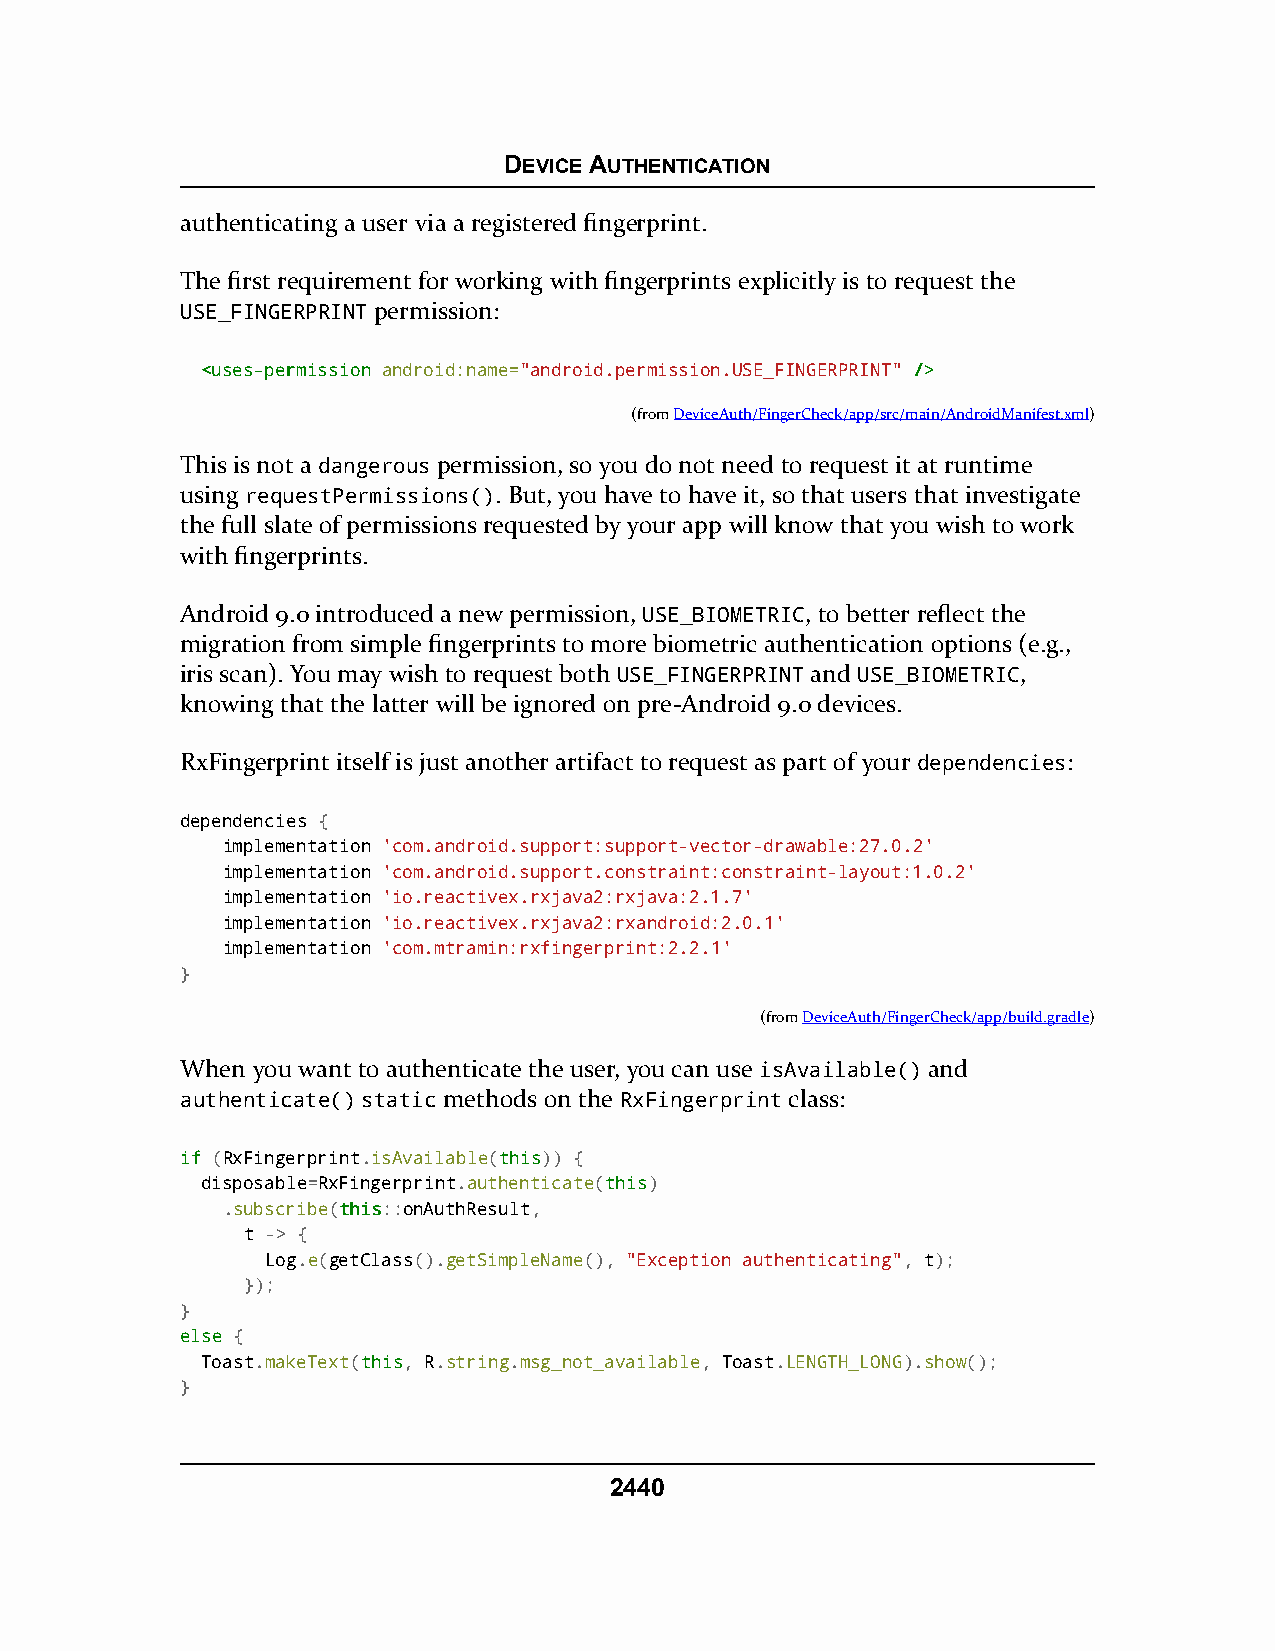
DEVICE AUTHENTICATION
 authenticating a user via a registered fingerprint.
 The first requirement for working with fingerprints explicitly is to request the
 USE_FINGERPRINT permission:
 <<uusseess--ppeerrmmiissssiioonn android:name="android.permission.USE_FINGERPRINT" //>>
 (fromDeviceAuth/FingerCheck/app/src/main/AndroidManifest.xml)
 This is not a dangerous permission, so you do not need to request it at runtime
 using requestPermissions(). But, you have to have it, so that users that investigate
 the full slate of permissions requested by your app will know that you wish to work
 with fingerprints.
 Android 9.0 introduced a new permission, USE_BIOMETRIC, to better reflect the
 migration from simple fingerprints to more biometric authentication options (e.g.,
 iris scan). You may wish to request both USE_FINGERPRINT and USE_BIOMETRIC,
 knowing that the latter will be ignored on pre-Android 9.0 devices.
 RxFingerprint itself is just another artifact to request as part of your dependencies:
 dependencies {
 implementation 'com.android.support:support-vector-drawable:27.0.2'
 implementation 'com.android.support.constraint:constraint-layout:1.0.2'
 implementation 'io.reactivex.rxjava2:rxjava:2.1.7'
 implementation 'io.reactivex.rxjava2:rxandroid:2.0.1'
 implementation 'com.mtramin:rxfingerprint:2.2.1'
 }
 (fromDeviceAuth/FingerCheck/app/build.gradle)
 When you want to authenticate the user, you can use isAvailable() and
 authenticate() static methods on the RxFingerprint class:
 iiff (RxFingerprint.isAvailable(tthhiiss)) {
 disposable=RxFingerprint.authenticate(tthhiiss)
 .subscribe(tthhiiss::onAuthResult,
 t -> {
 Log.e(getClass().getSimpleName(), "Exception authenticating", t);
 });
 }
 eellssee {
 Toast.makeText(tthhiiss, R.string.msg_not_available, Toast.LENGTH_LONG).show();
 }
 2440